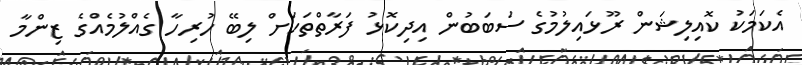
އެކަމަކު ކޮއިލިޝަން ރޫޅައިލުމުގެ ސަބަބުން އިދިކޮޅު ފަރާތްތަކަށް ލިބޭ ހުރިހާ ގެއްލުމެއްގެ ޒިންމާ